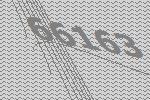
66163